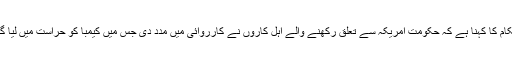
حکام کا کہنا ہے کہ حکومت امریکہ سے تعلق رکھنے والے اہل کاروں نے کارروائی میں مدد دی جس میں کیمبا کو حراست میں لیا گیا۔